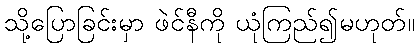
သို့ပြောခြင်းမှာ ဖဲင်နီကို ယုံကြည်၍မဟုတ်။